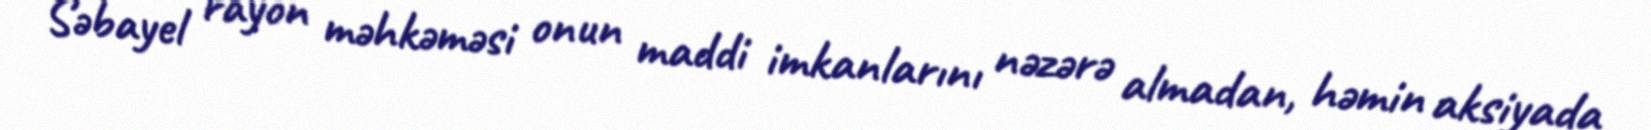
Səbayel rayon məhkəməsi onun maddi imkanlarını nəzərə almadan, həmin aksiyada